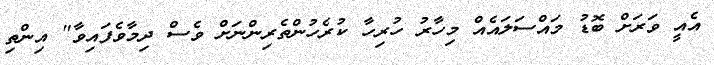
އެއީ ވަރަށް ބޮޑު މައްސަލައެއް މިހާރު ހުރިހާ ކުރެހުންތެރިންނަށް ވެސް ދިމާވެފައިވާ" އިންތި